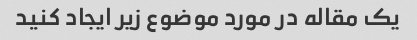
یک مقاله در مورد موضوع زیر ایجاد کنید